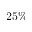
2 5 \%